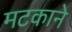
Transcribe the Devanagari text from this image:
मटकाने